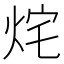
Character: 烢